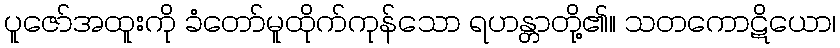
ပူဇော်အထူးကို ခံတော်မူထိုက်ကုန်သော ရဟန္တာတို့၏။ သတကောဋိယော၊